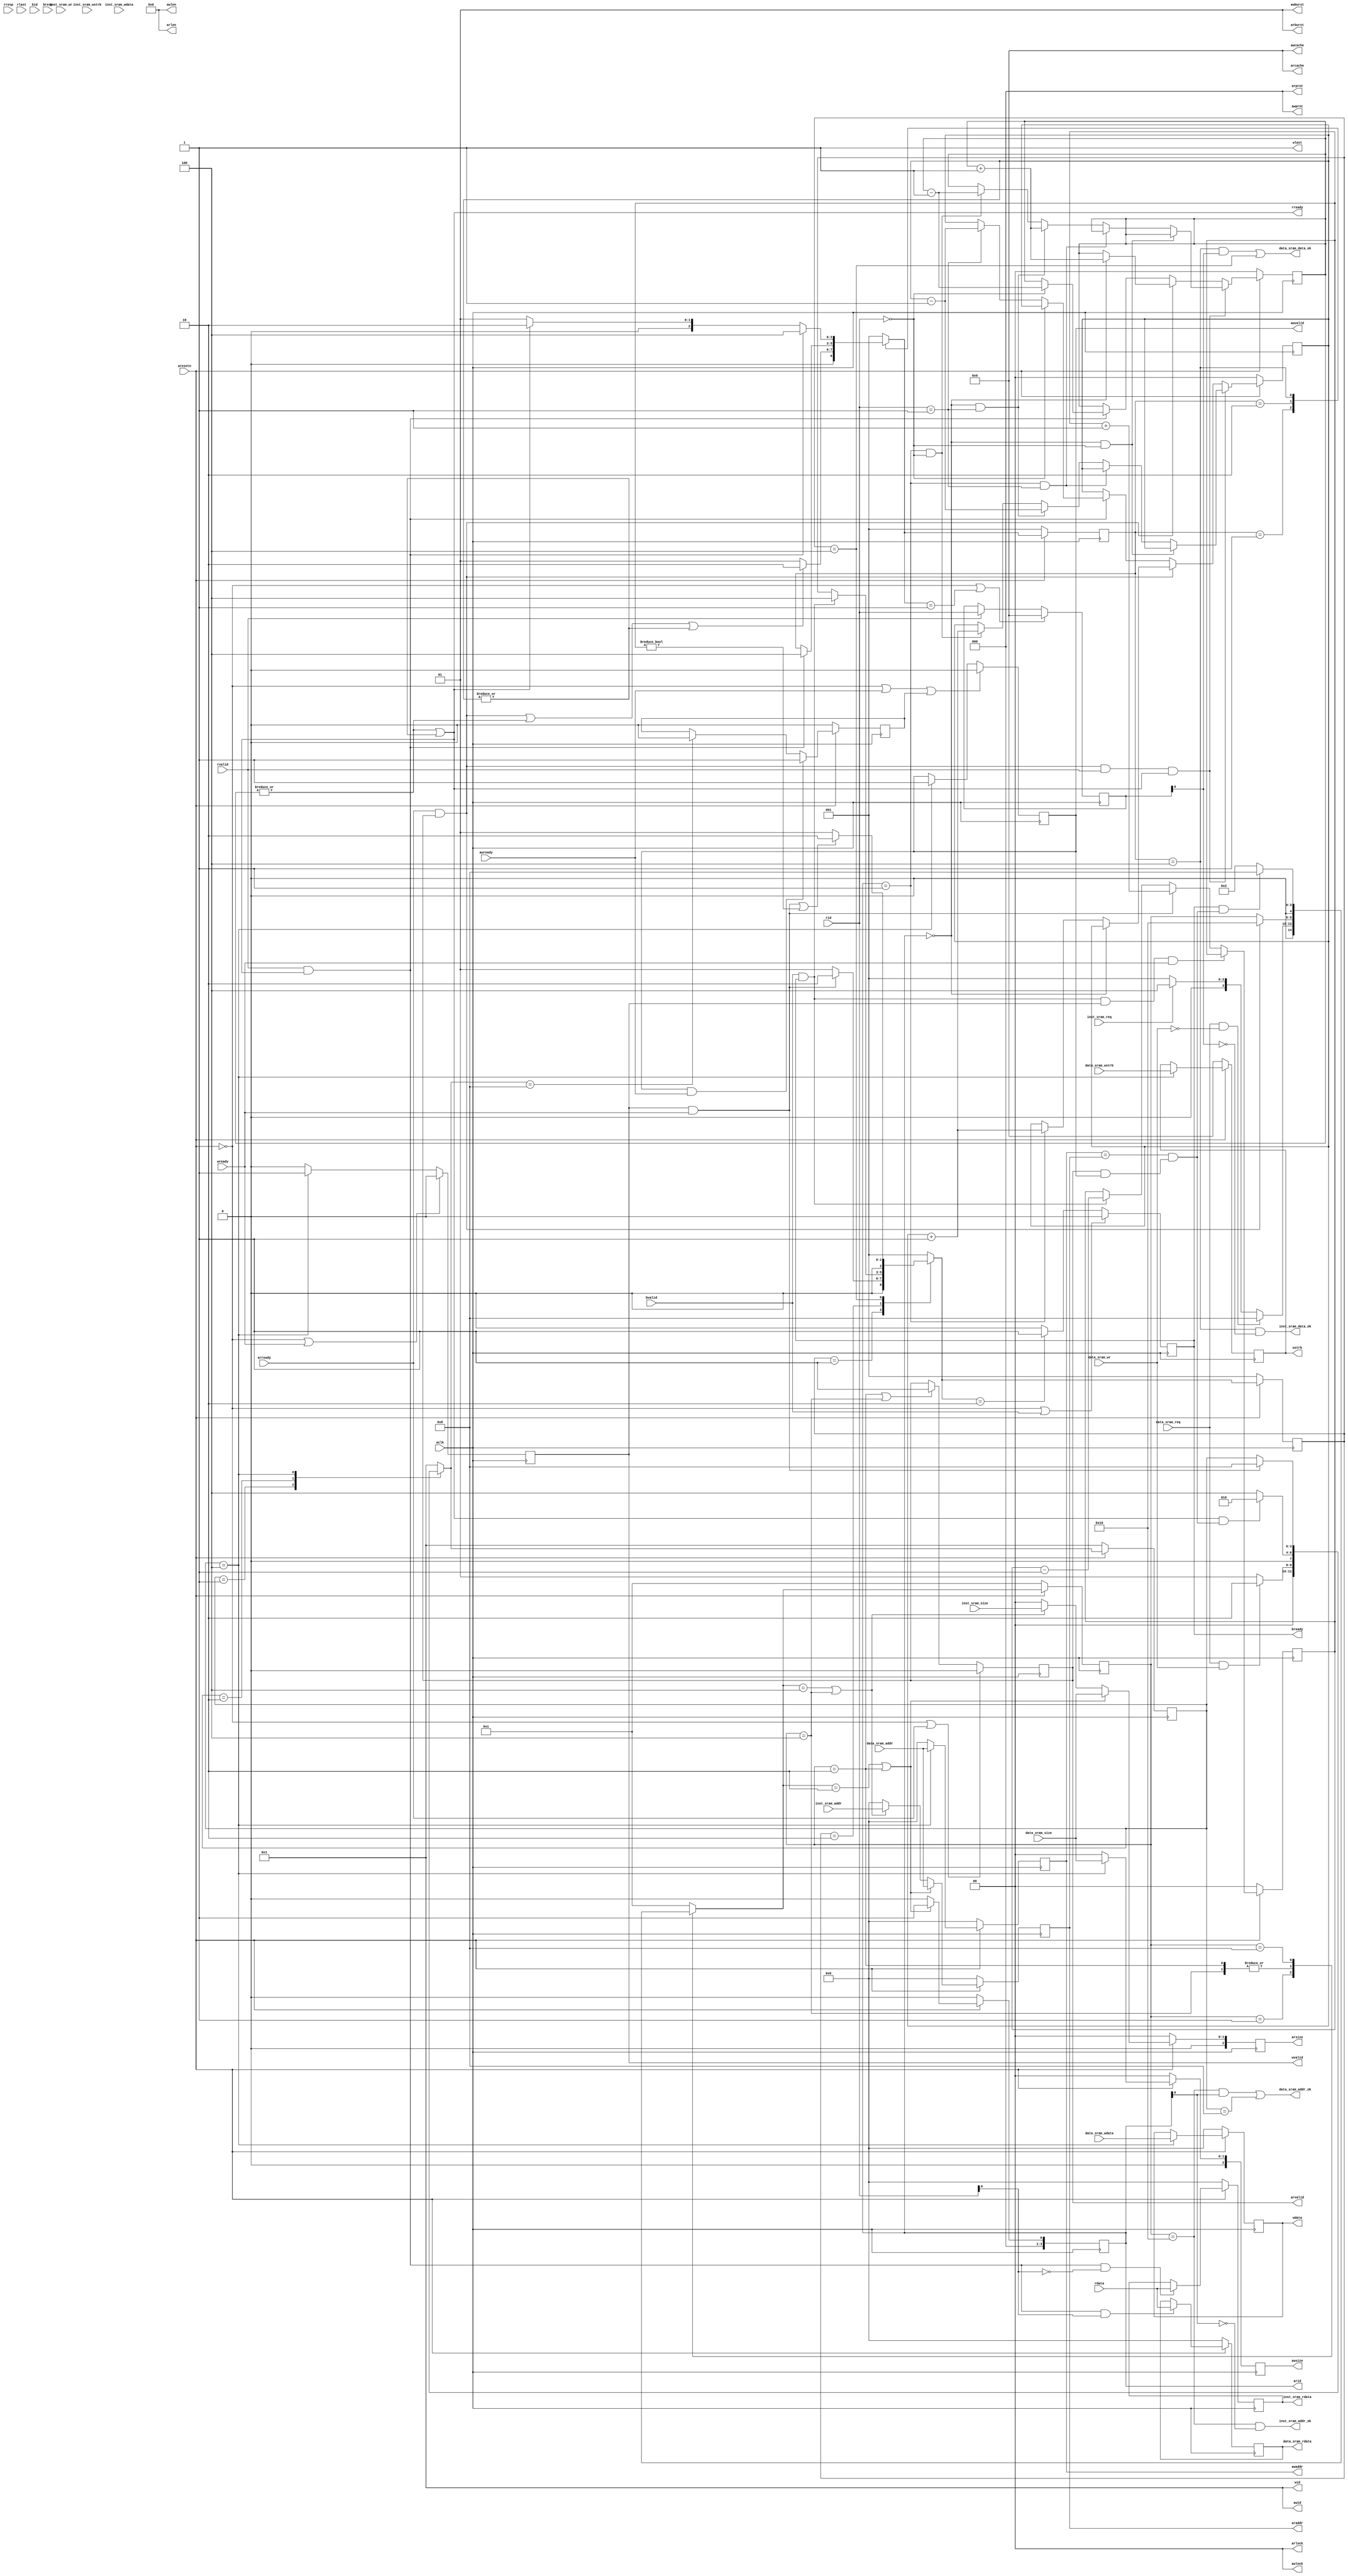
module sram_AXI_bridge (
    input           aclk,
    input           aresetn,
    // read requeset
    // master->slave
    output [ 3:0]   arid,
    output [31:0]   araddr,
    output [ 7:0]   arlen,
    output [ 2:0]   arsize,
    output [ 1:0]   arburst,
    output [ 1:0]   arlock,
    output [ 3:0]   arcache,
    output [ 2:0]   arprot,
    output          arvalid,
    // slave->master
    input           arready,
    // read response
    // slave->master
    input  [ 3:0]   rid,
    input  [31:0]   rdata,
    input  [ 1:0]   rresp,
    input           rlast,
    input           rvalid,
    // master->slave
    output          rready,
    // write request
    // master->slave
    output [ 3:0]   awid,
    output [31:0]   awaddr,
    output [ 7:0]   awlen,
    output [ 2:0]   awsize,
    output [ 1:0]   awburst,
    output [ 1:0]   awlock,
    output [ 3:0]   awcache,
    output [ 2:0]   awprot,
    output          awvalid,
    // slave->master
    input           awready,
    // write data
    // master->slave
    output  [ 3:0]  wid,
    output  [31:0]  wdata,
    output  [ 3:0]  wstrb,
    output          wlast,
    output          wvalid,
    // slave->master
    input           wready,
    // write response
    // slave->master
    input  [ 3:0]   bid,
    input  [ 1:0]   bresp,
    input           bvalid,
    // master->slave
    output          bready,
    
    // inst sram interface
    input           inst_sram_req,
    input           inst_sram_wr,
    input  [ 1:0]   inst_sram_size,
    input  [31:0]   inst_sram_addr,
    input  [ 3:0]   inst_sram_wstrb,
    input  [31:0]   inst_sram_wdata,
    output          inst_sram_addr_ok,
    output          inst_sram_data_ok,
    output [31:0]   inst_sram_rdata,
    // data sram interface
    input           data_sram_req,
    input           data_sram_wr,
    input  [ 1:0]   data_sram_size,
    input  [31:0]   data_sram_addr,
    input  [ 3:0]   data_sram_wstrb,
    input  [31:0]   data_sram_wdata,
    output          data_sram_addr_ok,
    output          data_sram_data_ok,
    output [31:0]   data_sram_rdata
);

// axi buffer
reg  [ 3:0] arid_r   ;
reg  [31:0] araddr_r ;
reg  [ 2:0] arsize_r ;
reg         arvalid_r;
// reg         rready_r ;
reg  [31:0] awaddr_r ;
reg  [ 2:0] awsize_r ;
reg         awvalid_r;
reg         awready_valid;
reg  [31:0] wdata_r  ;
reg  [ 3:0] wstrb_r  ;
reg         wvalid_r ;
reg         bready_r ;

reg  [ 3:0] rid_r;

// sram data buffer
reg  [31:0] inst_sram_data_buffer;
reg  [31:0] data_sram_data_buffer;

wire write_read_block;

// state machine
// parameter for state machine
parameter READ_REQ_RST          = 5'b00001;
parameter READ_DATA_REQ_START   = 5'b00010;
parameter READ_INST_REQ_START   = 5'b00100;
parameter READ_DATA_REQ_CHECK   = 5'b01000;
parameter READ_REQ_END          = 5'b10000;

parameter READ_DATA_RST         = 3'b001;
parameter READ_DATA_START       = 3'b010;
parameter READ_DATA_END         = 3'b100;

parameter WRITE_RST             = 4'b0001;
parameter WRITE_CHECK           = 4'b0010;
parameter WRITE_START           = 4'b0100;
parameter WRITE_RD_END          = 4'b1000;

parameter WRITE_RESPONSE_RST    = 3'b001;
parameter WRITE_RESPONSE_START  = 3'b010;
parameter WRITE_RESPONSE_END    = 3'b100;

// 4 state machine
reg  [ 4:0] rreq_cur_state;
reg  [ 4:0] rreq_nxt_state;
reg  [ 2:0] rdata_cur_state;
reg  [ 2:0] rdata_nxt_state;
reg  [ 3:0] wrd_cur_state;
reg  [ 3:0] wrd_nxt_state;
reg  [ 2:0] wresp_cur_state;
reg  [ 2:0] wresp_nxt_state;

reg  [ 1:0] read_business_counter [1:0];
reg  [ 1:0] write_business_counter;

// fixed assignment
// ar
assign arid    = arid_r;
assign araddr  = araddr_r;
assign arlen   = 8'b0;
assign arsize  = arsize_r;
assign arburst = 2'b1;
assign arlock  = 2'b0;
assign arcache = 4'b0;
assign arprot  = 3'b0;
assign arvalid = arvalid_r;
// r
assign rready  = |read_business_counter[0] || |read_business_counter[1];
// aw
assign awid    = 4'b1;
assign awaddr  = awaddr_r;
assign awlen   = 8'b0;
assign awsize  = awsize_r;
assign awburst = 2'b01;
assign awlock  = 2'b0;
assign awcache = 4'b0;
assign awprot  = 3'b0;
assign awvalid = awvalid_r;
// w
assign wid     = 4'b1;
assign wdata   = wdata_r;
assign wstrb   = wstrb_r;
assign wlast   = 1'b1;
assign wvalid  = wvalid_r;
// b
assign bready  = bready_r;

// current state
always @(posedge aclk) begin
    if(~aresetn) begin
        rreq_cur_state <= READ_REQ_RST;
        rdata_cur_state <= READ_DATA_RST;
        wrd_cur_state <= WRITE_RST;
        wresp_cur_state <= WRITE_RESPONSE_RST;
    end else begin
        rreq_cur_state <= rreq_nxt_state;
        rdata_cur_state <= rdata_nxt_state;
        wrd_cur_state <= wrd_nxt_state;
        wresp_cur_state <= wresp_nxt_state;
    end
end

// next state, not clk!
always @(*) begin
    case(rreq_cur_state)
        READ_REQ_RST: begin
            if(data_sram_req && ~data_sram_wr) begin
                rreq_nxt_state = READ_DATA_REQ_CHECK;
            end else if(inst_sram_req) begin
                rreq_nxt_state = READ_INST_REQ_START;
            end else begin
                rreq_nxt_state = READ_REQ_RST;
            end
        end
        READ_DATA_REQ_START,READ_INST_REQ_START: begin
            if(arready && arvalid) begin
                rreq_nxt_state = READ_REQ_END;
            end else begin
                rreq_nxt_state = rreq_cur_state;
            end
        end
        READ_DATA_REQ_CHECK: begin
            if(bready && write_read_block) begin
                rreq_nxt_state = READ_DATA_REQ_CHECK;
            end else begin
                rreq_nxt_state = READ_DATA_REQ_START;
            end
        end
        READ_REQ_END: begin
            rreq_nxt_state = READ_REQ_RST;
        end
        default:
            rreq_nxt_state = READ_REQ_RST;
    endcase
end

always @(*) begin
    case(rdata_cur_state)
        READ_DATA_RST: begin
            if((arready && arvalid) || |read_business_counter[0] || |read_business_counter[1]) begin
                rdata_nxt_state = READ_DATA_START;
            end else begin
                rdata_nxt_state = READ_DATA_RST;
            end
        end
        READ_DATA_START: begin
            if(rvalid && rready) begin
                rdata_nxt_state = READ_DATA_END;
            end else begin
                rdata_nxt_state = rdata_cur_state;
            end
        end
        READ_DATA_END: begin
            if (rvalid && rready) begin
                rdata_nxt_state = READ_DATA_END;
            end else if(|read_business_counter[0] || |read_business_counter[1]) begin
                rdata_nxt_state = READ_DATA_START;
            end else begin
                rdata_nxt_state = READ_DATA_RST;
            end
        end
        default:
            rdata_nxt_state = READ_DATA_RST;
    endcase
end

always @(*) begin
    case(wrd_cur_state)
        WRITE_RST: begin
            if(data_sram_req && data_sram_wr) begin
                wrd_nxt_state = WRITE_CHECK;
            end else begin
                wrd_nxt_state = WRITE_RST;
            end
        end
        WRITE_CHECK: begin
            if(rready && write_read_block) begin
                wrd_nxt_state = WRITE_CHECK;
            end else begin
                wrd_nxt_state = WRITE_START;
            end
        end
        WRITE_START: begin
            if(wvalid && wready) begin
                wrd_nxt_state = WRITE_RD_END;
            end else begin
                wrd_nxt_state = wrd_cur_state;
            end
        end
        WRITE_RD_END: begin
            wrd_nxt_state = WRITE_RST;
        end
        default:
            wrd_nxt_state = WRITE_RST;
    endcase
end

always @(*) begin
    case(wresp_cur_state)
        WRITE_RESPONSE_RST: begin
            if(wvalid && wready) begin
                wresp_nxt_state = WRITE_RESPONSE_START;
            end else begin
                wresp_nxt_state = WRITE_RESPONSE_RST;
            end
        end
        WRITE_RESPONSE_START: begin
            if(bvalid && bready) begin
                wresp_nxt_state = WRITE_RESPONSE_END;
            end else begin
                wresp_nxt_state = wresp_cur_state;
            end
        end
        WRITE_RESPONSE_END: begin
            if(bvalid && bready) begin
                wresp_nxt_state = WRITE_RESPONSE_END;
            end if((wvalid && wready) || (write_business_counter != 2'b0)) begin
                wresp_nxt_state = WRITE_RESPONSE_START;
            end else begin
                wresp_nxt_state = WRITE_RESPONSE_RST;
            end
        end
        default:
            wresp_nxt_state = WRITE_RESPONSE_RST;
    endcase
end

// use counter to deal with multi-business
always @(posedge aclk) begin
    if(~aresetn) begin
        read_business_counter[0] <= 2'b0;
        read_business_counter[1] <= 2'b0;
    end else if(arready && arvalid && rvalid && rready) begin
        if(arid == 4'b0 && rid == 4'b0) begin
            read_business_counter[0] <= read_business_counter[0];
        end else if(arid == 4'b1 && rid == 4'b1) begin
            read_business_counter[1] <= read_business_counter[1];
        end else if(arid == 4'b0 && rid == 4'b1) begin
            read_business_counter[0] <= read_business_counter[0] + 2'b1;
            read_business_counter[1] <= read_business_counter[1] - 2'b1;
        end else if(arid == 4'b1 && rid == 4'b0) begin
            read_business_counter[0] <= read_business_counter[0] - 2'b1;
            read_business_counter[1] <= read_business_counter[1] + 2'b1;
        end
    end else if(arready && arvalid) begin
        if(arid == 4'b0) begin
            read_business_counter[0] <= read_business_counter[0] + 2'b1;
        end else if(arid == 4'b1) begin
            read_business_counter[1] <= read_business_counter[1] + 2'b1;
        end
    end else if(rvalid && rready) begin
        if(rid == 4'b0) begin
            read_business_counter[0] <= read_business_counter[0] - 2'b1;
        end else if(rid == 4'b1) begin
            read_business_counter[1] <= read_business_counter[1] - 2'b1;
        end
    end
end

always @(posedge aclk) begin
    if(~aresetn) begin
        write_business_counter <= 2'b0;
    end else if(bvalid && bready && wvalid && wready) begin
        write_business_counter <= write_business_counter;
    end else if(wvalid && wready) begin
        write_business_counter <= write_business_counter + 2'b1;
    end else if(bvalid && bready) begin
        write_business_counter <= write_business_counter - 2'b1;
    end
end

// AXI
// reg signal
// READ
// ar
always @(posedge aclk) begin
    if(~aresetn) begin
        arid_r <= 4'b0;
        araddr_r <= 32'b0;
        arsize_r <= 3'b0;
    end else if((rreq_nxt_state == READ_DATA_REQ_START) || (rreq_cur_state == READ_DATA_REQ_START)) begin
        arid_r <= 4'b1;
        araddr_r <= data_sram_addr;
        arsize_r <= {1'b0,data_sram_size};
    end else if((rreq_nxt_state == READ_INST_REQ_START) || (rreq_cur_state == READ_INST_REQ_START)) begin
        arid_r <= 4'b0;
        araddr_r <= inst_sram_addr;
        arsize_r <= {1'b0,inst_sram_size};
    end else begin
        arid_r <= 4'b0;
        araddr_r <= 32'b0;
        arsize_r <= 3'b0;
    end
end

always @(posedge aclk) begin
    if(~aresetn || arready) begin
        arvalid_r <= 1'b0;
    end else if(rreq_cur_state == READ_DATA_REQ_START || rreq_cur_state == READ_INST_REQ_START) begin
        arvalid_r <= 1'b1;
    end else begin
        arvalid_r <= arvalid_r;
    end
end


always @(posedge aclk) begin
    if(~aresetn || rdata_nxt_state == READ_DATA_RST) begin
        rid_r <= 4'b0;
    end else if(rvalid) begin
        rid_r <= rid;
    end else begin
        rid_r <= rid_r;
    end
end

// WRITE
// aw
always @(posedge aclk) begin
    if(~aresetn) begin
        awaddr_r <= 32'b0;
        awsize_r <= 3'b0;
    end else if(wrd_cur_state == WRITE_START) begin
        awaddr_r <= data_sram_addr;
        awsize_r <= {1'b0,data_sram_size};
    end else begin
        awaddr_r <= 32'b0;
        awsize_r <= 3'b0;
    end
end

always @(posedge aclk) begin
    if(~aresetn || awready || awready_valid) begin
        awvalid_r <= 1'b0;
    end else if(wrd_cur_state == WRITE_START) begin
        awvalid_r <= 1'b1;
    end else begin
        awvalid_r <= awvalid_r;
    end
end

always @(posedge aclk) begin
    if(~aresetn) begin
        awready_valid <= 1'b0;
    end else if(awvalid && awready) begin
        awready_valid <= 1'b1;
    end else if(wrd_nxt_state == WRITE_RD_END) begin
        awready_valid <= 1'b0;
    end
end

// w
always @(posedge aclk) begin
    if(~aresetn) begin
        wdata_r <= 32'b0;
        wstrb_r <= 4'b0;
    end else if(wrd_cur_state == WRITE_START) begin
        wdata_r <= data_sram_wdata;
        wstrb_r <= data_sram_wstrb;
    end else begin
        wdata_r <= wdata_r;
        wstrb_r <= wstrb_r;
    end
end

always @(posedge aclk) begin
    if(~aresetn || wready) begin
        wvalid_r <= 1'b0;
    end else if(wrd_cur_state == WRITE_START) begin
        wvalid_r <= 1'b1;
    end else begin
        wvalid_r <= 1'b0;
    end
end

// b
always @(posedge aclk) begin
    if(~aresetn || bvalid) begin
        bready_r <= 1'b0;
    end else if(wresp_nxt_state == WRITE_RESPONSE_START) begin
        bready_r <= 1'b1;
    end else begin
        bready_r <= 1'b0;
    end
end

// SRAM
assign inst_sram_addr_ok = (rreq_cur_state == READ_REQ_END && ~arid[0]);
assign inst_sram_data_ok = (rdata_cur_state == READ_DATA_END && ~rid_r[0]);
assign data_sram_addr_ok = ((rreq_cur_state == READ_REQ_END && arid[0]) || (wrd_cur_state == WRITE_RD_END));
assign data_sram_data_ok = (rdata_cur_state == READ_DATA_END && rid_r[0]) || (wresp_cur_state == WRITE_RESPONSE_END);

always @(posedge aclk) begin
    if(~aresetn) begin
        inst_sram_data_buffer <= 32'b0;
    end else if(rvalid && rready && ~rid[0]) begin
        inst_sram_data_buffer <= rdata;
    end

    if(~aresetn) begin
        data_sram_data_buffer <= 32'b0;
    end else if(rvalid && rready && rid[0]) begin
        data_sram_data_buffer <= rdata;
    end
end

assign inst_sram_rdata = inst_sram_data_buffer;
assign data_sram_rdata = data_sram_data_buffer;

assign write_read_block = (awaddr_r == araddr_r) && (arvalid_r && awvalid_r);

endmodule